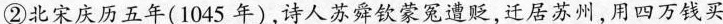
②北宋庆历五年(1045年)诗人苏舜钦蒙冤遭贬，迁居苏州用四万钱买